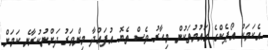
އެކަމަކު އޯޕެކްގެ ގައުމުތަކުން މިހާރު ވެސް ތެޔޮ އުފައްދާ މިންވަރު ދަށްނުކުރާނެ ކަމަށް